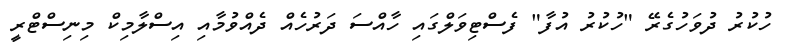
ހުކުރު ދުވަހުގެރޭ "ހުކުރު އުފާ" ފެސްޓިވަލްގައި ހާއްސަ ދަރުހެއް ދެއްވުމާއި އިސްލާމިކް މިނިސްޓްރީ